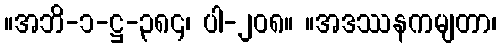
။အဘိ-၁-ဋ္ဌ-၃၈၄၊ ပါ-၂၀၈။ ။အဒဿနကမျတာ၊